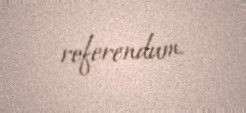
referendum.